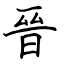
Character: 晉